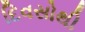
દિવસોથી